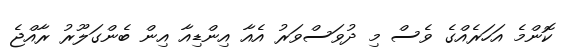
ކޮންމެ އަހަރެއްގެ ވެސް މި ދުވަސްވަރު އެއާ އިންޑިއާ އިން ބެންގަލޫރު ރާއްޖެ